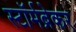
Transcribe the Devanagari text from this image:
स्टॉर्मब्रेकर